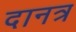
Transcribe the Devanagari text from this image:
दानत्र